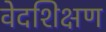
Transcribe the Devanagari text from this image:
वेदशिक्षण